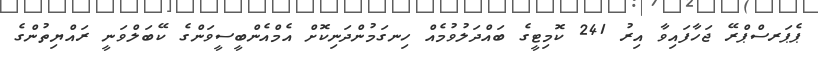
ޕެޕަރސްޕްރޭ ޖަހާފައިވާ އިރު 241 ކޮމިޓީގެ ބައްދަލުވުމެއް ހިނގަމުންދަނިކޮށް އެމްއެންބީސީވަންގެ ކޭބަލްވަނީ ރައްޔިތުންގެ